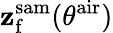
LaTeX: \mathbf{z}_{\mathrm{{f}}}^{\mathrm{{sam}}}(\theta^{\mathrm{{air}}})